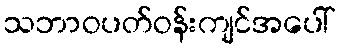
သဘာဝပတ်ဝန်းကျင်အပေါ်